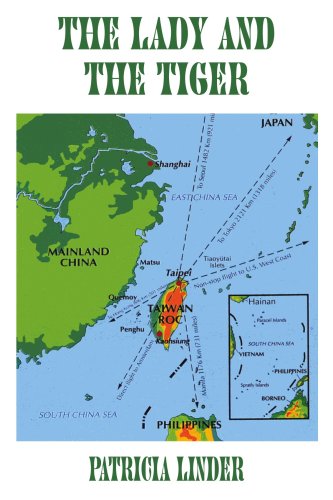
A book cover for THE LADY AND THE TIGER: A memoir of Taiwan, the Republic of China; Patricia Linder; Travel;